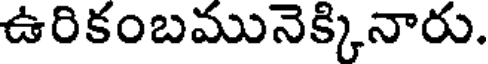
ఉరికంబమునెక్కినారు.